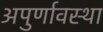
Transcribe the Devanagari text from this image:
अपुर्णावस्था